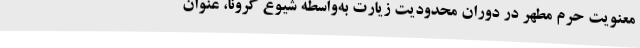
معنویت حرم مطهر در دوران محدودیت زیارت به‌واسطه شیوع کرونا، عنوان